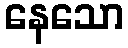
နေသော